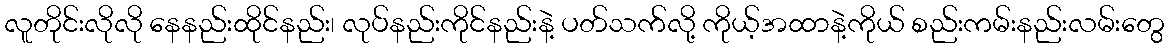
လူတိုင်းလိုလို နေနည်းထိုင်နည်း၊ လုပ်နည်းကိုင်နည်းနဲ့ ပတ်သက်လို့ ကိုယ့်အထာနဲ့ကိုယ် စည်းကမ်းနည်းလမ်းတွေ